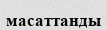
масаттанды